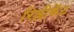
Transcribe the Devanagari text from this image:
रिप्लीकेंट